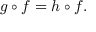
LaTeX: g \circ f = h \circ f .